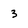
Character: 3